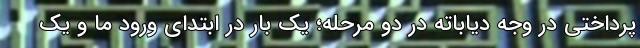
پرداختی در وجه دیاباته در دو مرحله؛ یک بار در ابتدای ورود ما و یک